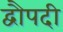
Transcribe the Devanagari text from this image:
द्वौपदी